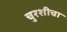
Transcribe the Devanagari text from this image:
चुरशीचा